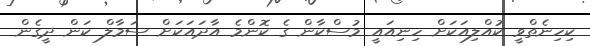
ކިހިނެތްވީ ކުއްލިއަކަށް ހިނިއައީ މުސްކާން ގެ ކޮންމެ އާދައަކަށް ސަމާލް ކަން ދީގެން